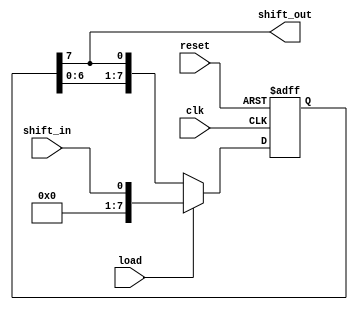
module shift_register(
  input clk,
  input reset,
  input load,
  input shift_in,
  output reg shift_out
);

reg [7:0] data;
reg [7:0] next_data;

always @(posedge clk or posedge reset) begin
  if(reset) begin
    data <= 8'h00;
  end
  else if(load) begin
    data <= shift_in;
  end
  else begin
    next_data[0] = data[7];
    next_data[1] = data[0];
    next_data[2] = data[1];
    next_data[3] = data[2];
    next_data[4] = data[3];
    next_data[5] = data[4];
    next_data[6] = data[5];
    next_data[7] = data[6];
    
    data <= next_data;
  end
end

assign shift_out = data[7];

endmodule